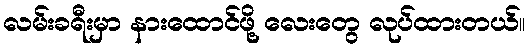
လမ်းခရီးမှာ နားထောင်ဖို့ လေးတွေ လုပ်ထားတယ်။